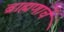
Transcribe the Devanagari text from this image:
ब्राह्मणाचें